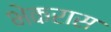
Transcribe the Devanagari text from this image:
भेकरास